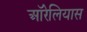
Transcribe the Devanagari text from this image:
ऑरेलियास